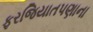
ફરજિયાતપણાના